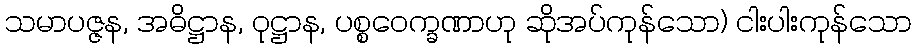
သမာပဇ္ဇန, အဓိဋ္ဌာန, ဝုဋ္ဌာန, ပစ္စဝေက္ခဏာဟု ဆိုအပ်ကုန်သော) ငါးပါးကုန်သော